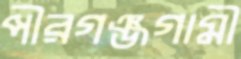
পীরগঞ্জগামী